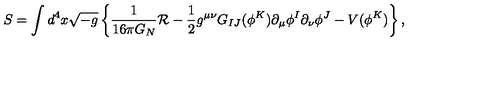
S = \int d ^ { 4 } x \sqrt { - g } \left\{ { \frac { 1 } { 1 6 \pi G _ { N } } } { \cal R } - \frac { 1 } { 2 } g ^ { \mu \nu } G _ { I J } ( \phi ^ { K } ) \partial _ { \mu } \phi ^ { I } \partial _ { \nu } \phi ^ { J } - V ( \phi ^ { K } ) \right\} ,